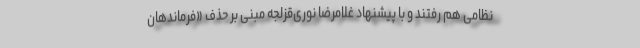
نظامی هم رفتند و با پیشنهاد غلامرضا نوری‌قزلجه مبنی بر حذف «فرماندهان